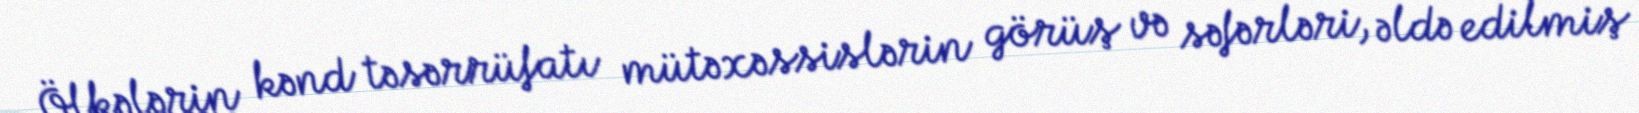
Ölkələrin kənd təsərrüfatı mütəxəssislərin görüş və səfərləri, əldə edilmiş